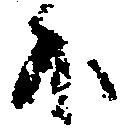
外